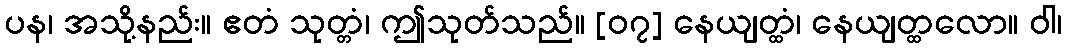
ပန၊ အသို့နည်း။ ဧတံ သုတ္တံ၊ ဤသုတ်သည်။ [၀၇] နေယျတ္ထံ၊ နေယျတ္ထလော။ ဝါ၊